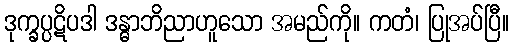
ဒုက္ခပ္ပဋိပဒါ ဒန္ဓာဘိညာဟူသော အမည်ကို။ ကတံ၊ ပြုအပ်ပြီ။